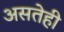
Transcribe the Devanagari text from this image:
असतेही